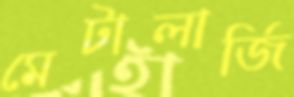
মেটালার্জি